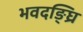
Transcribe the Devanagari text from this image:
भवदङ्घ्रि